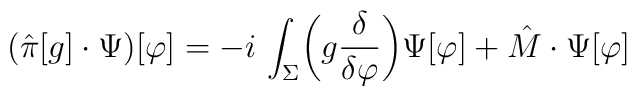
(\hat{\pi}[g]\cdot \Psi)[\varphi]=-i\,\int_{\Sigma} \biggl(g {{\delta}\over{\delta \varphi}} \biggr)\Psi[\varphi] + \hat{M}\cdot  \Psi[\varphi]